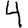
Digit: 4